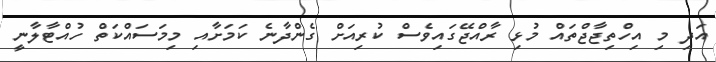
އަދި މި އިހްތިޖާޖްތައް މުޅި ރާއްޖޭގައިވެސް ކުރިއަށް ގެންދާނެ ކަމަށާއި މިމަސައްކަތް ހުއްޓާލާނީ